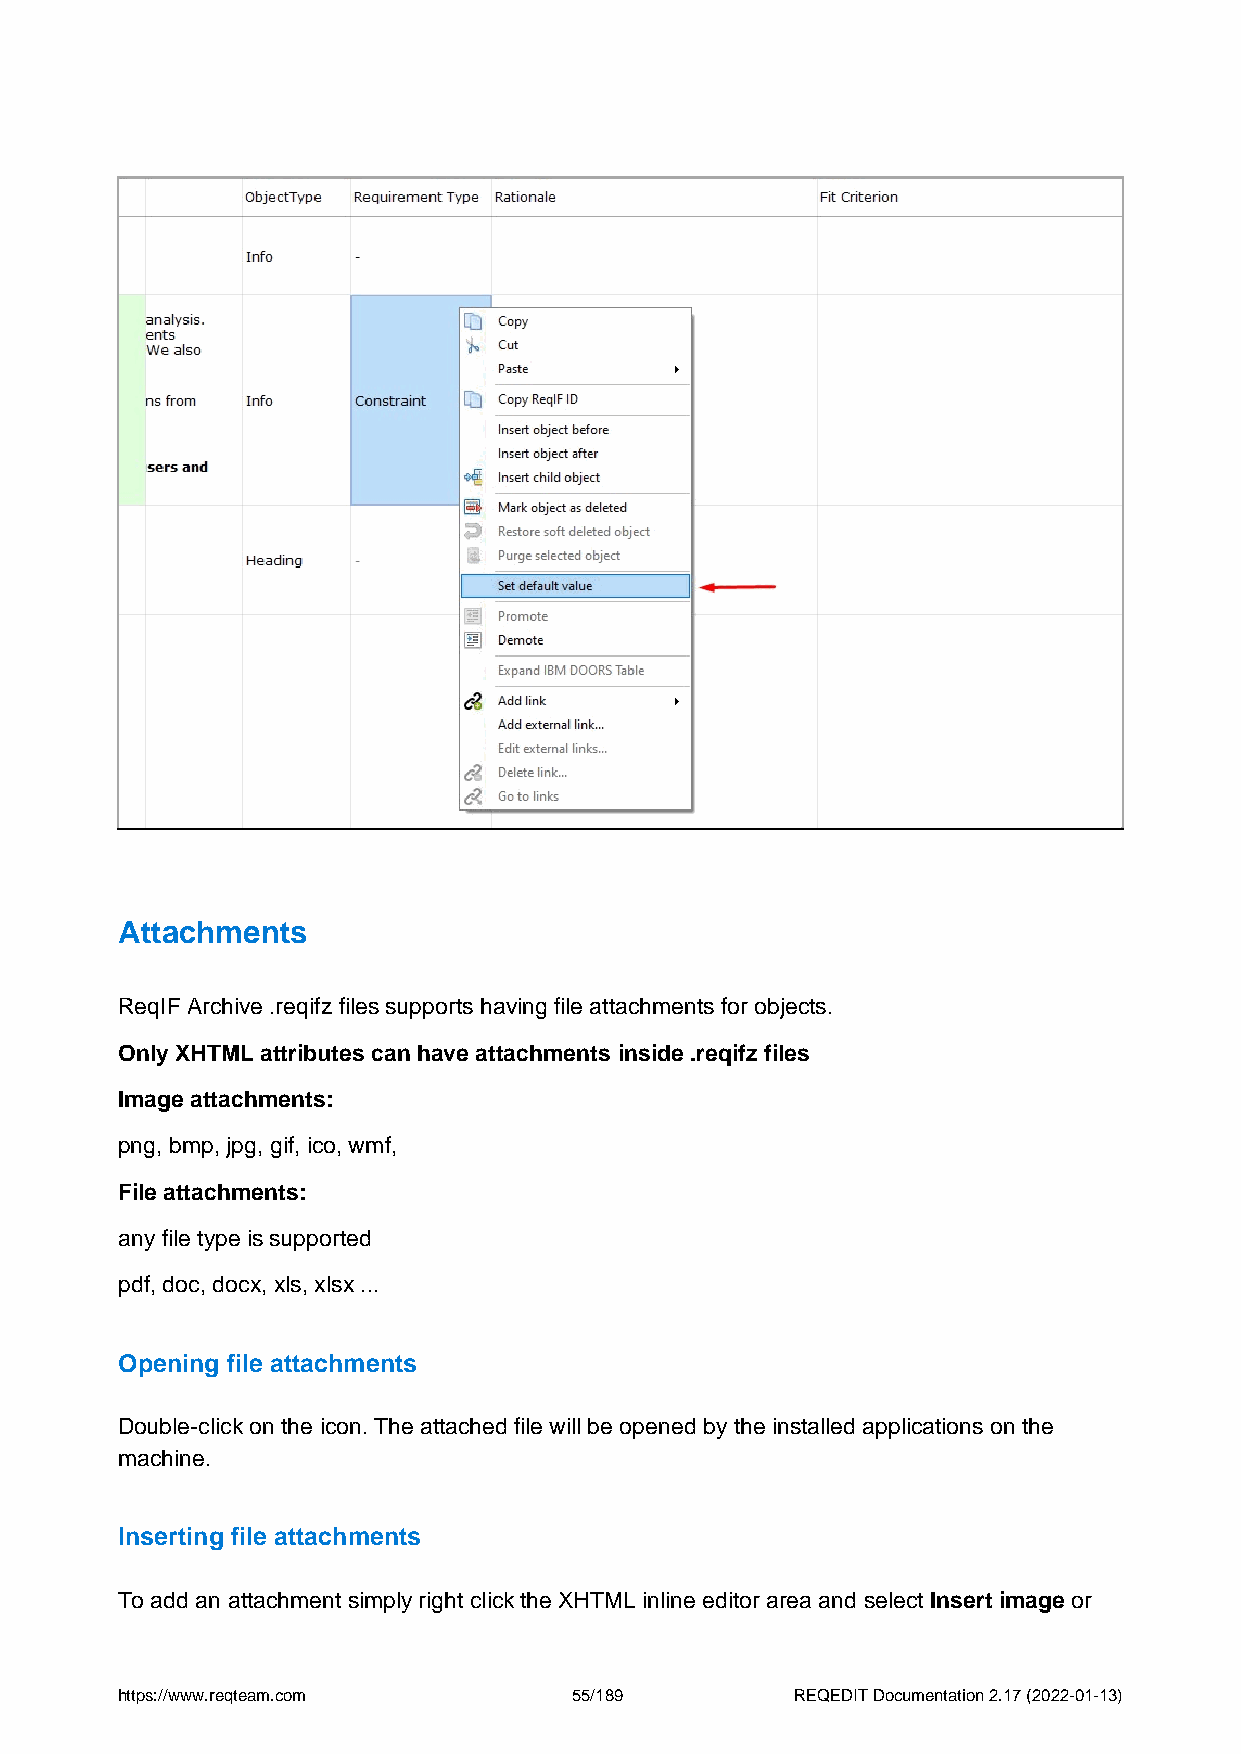
Attachments
 ReqIF Archive .reqifz files supports having file attachments for objects.
 Only XHTML attributes can have attachments inside .reqifz files
 Image attachments:
 png, bmp, jpg, gif, ico, wmf,
 File attachments:
 any file type is supported
 pdf, doc, docx, xls, xlsx ...
 Opening file attachments
 Double-click on the icon. The attached file will be opened by the installed applications on the
 machine.
 Inserting file attachments
 To add an attachment simply right click the XHTML inline editor area and select Insert image or
 https://www.reqteam.com       55/189         REQEDIT Documentation 2.17 (2022-01-13)